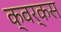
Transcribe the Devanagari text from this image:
क्वर्कस